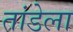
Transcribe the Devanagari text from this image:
तांडेला